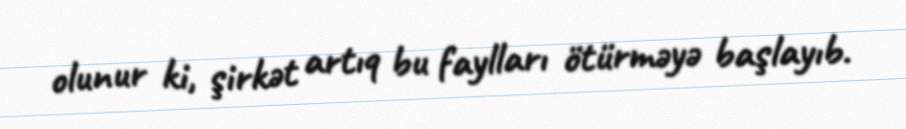
olunur ki, şirkət artıq bu faylları ötürməyə başlayıb.